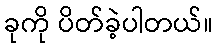
ခုကို ပိတ်ခဲ့ပါတယ်။